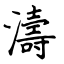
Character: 濤